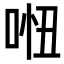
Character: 𠴐